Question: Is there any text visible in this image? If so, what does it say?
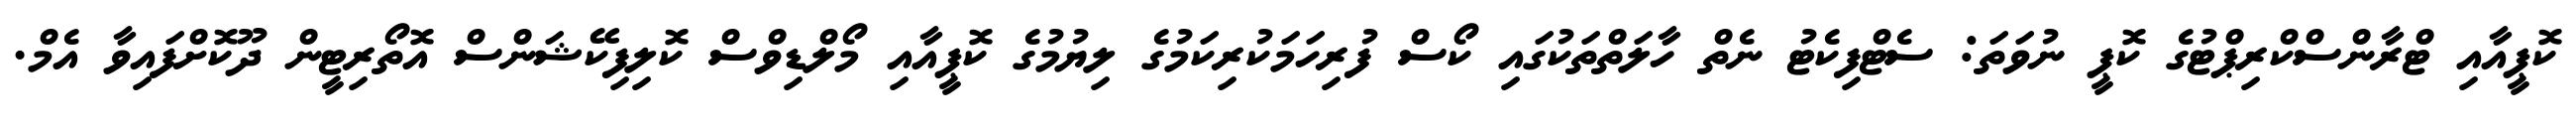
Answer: ކޮޕީއާއި ޓްރާންސްކްރިޕްޓުގެ ކޮޕީ ނުވަތަ: ސެޓްފިކެޓު ނެތް ހާލަތްތަކުގައި ކޯސް ފުރިހަމަކުރިކަމުގެ ލިޔުމުގެ ކޮޕީއާއި މޯލްޑިވްސް ކޮލިފިކޭޝަންސް އޮތޯރިޓީން ދޫކޮށްފައިވާ އެމް.